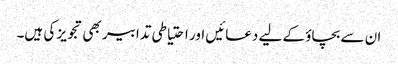
ان سے بچاؤ کے لیے دعائیں اور احتیاطی تدابیر بھی تجویز کی ہیں۔